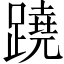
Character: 蹺